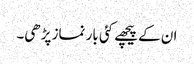
ان کے پیچھے کئی بار نماز پڑھی۔